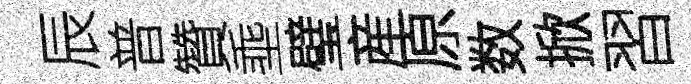
辰普贊埀璧産原数掀習